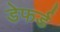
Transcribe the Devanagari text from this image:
डेफर्ड